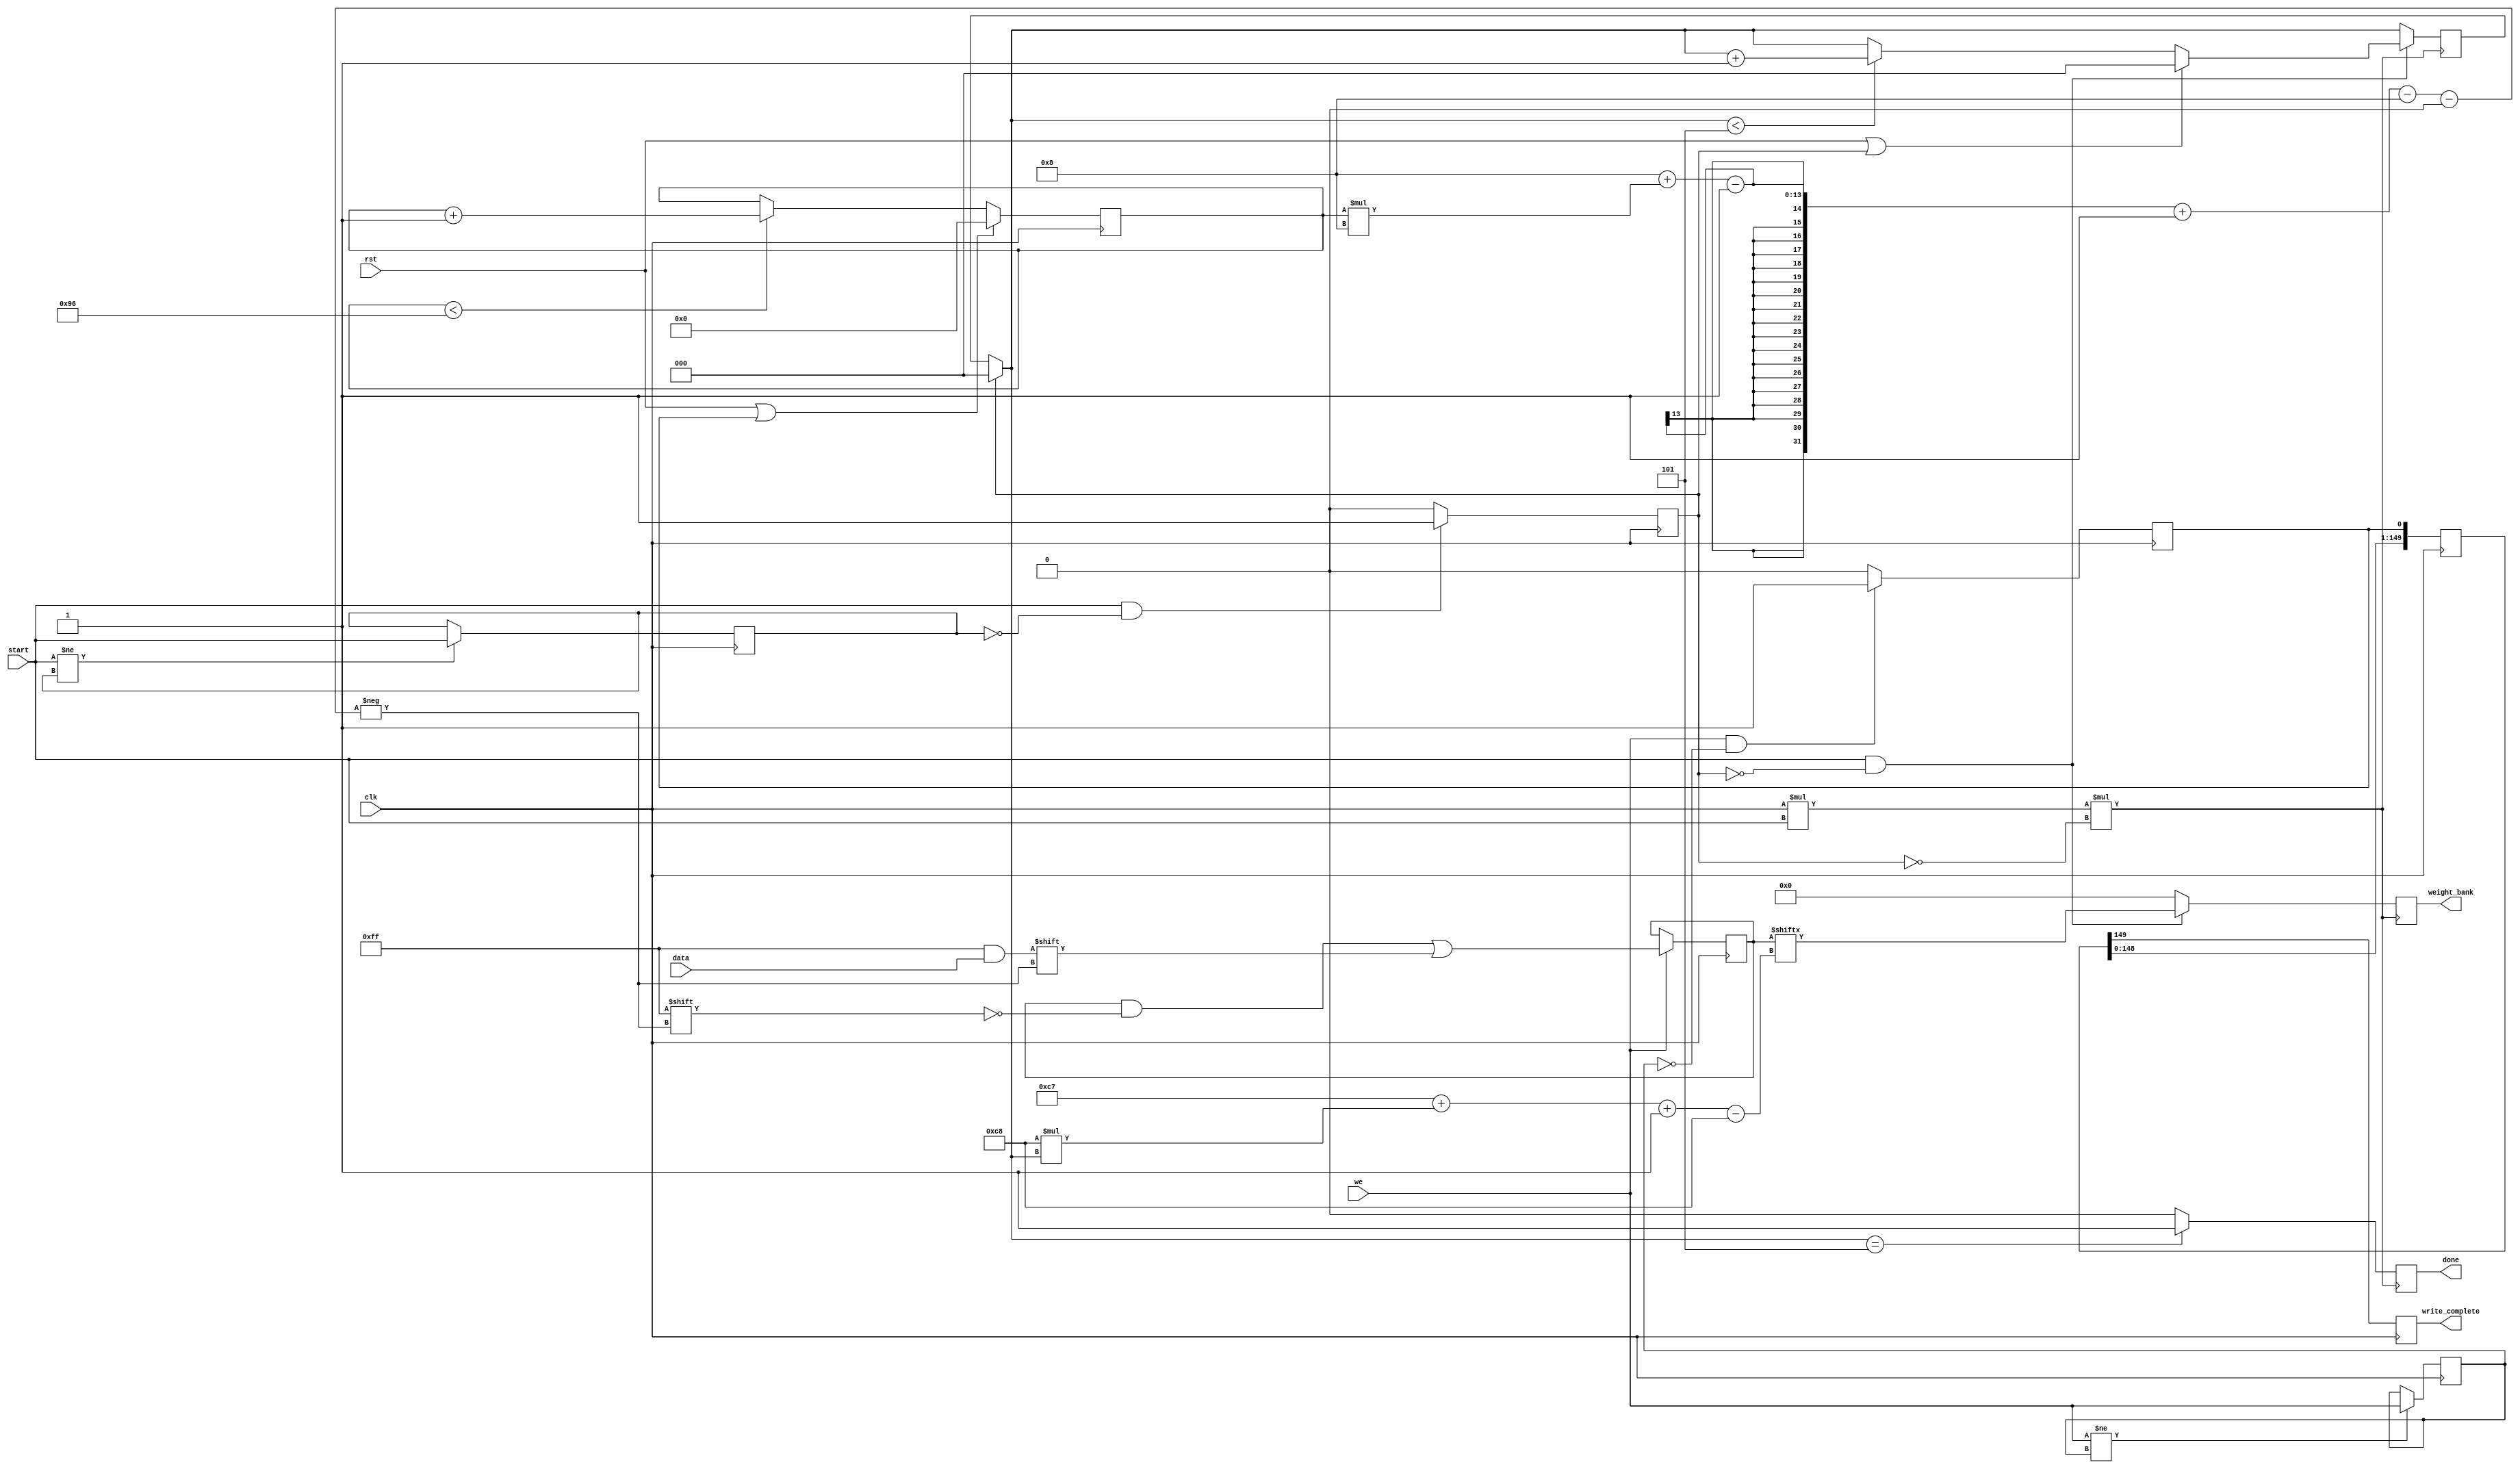
`timescale 1ns / 1ps

module wghtRAM#(parameter w =8, L=6)(
input clk, rst, we, start,
input [w-1:0] data,
output reg write_complete, done,
output reg [5*5*w-1:0] weight_bank 
    );
   
    reg [7:0]count=0;
    reg [5*5*w*L-1:0] ram=0;
    reg [2:0] cnt=0;
    reg t1=0, t2=0, set,set_rd;
    reg [5*5*L-1:0] tag=0;
    wire clock, clk_read;
    assign clock = clk*we;
    assign clk_read = clk*start*!set_rd;
    
    always@(posedge clk) begin
        count <= (rst==1 | set==1) ? 0 : ((count<5*5*L) ? count+1 : count);

        if(we) begin
            ram[w+count*w-1 -: w]<= data;                       
        end
    end    

    always @(posedge clk) begin
        if(we!=t1)
            t1<=we;
        if(we==1 & t1==0) 
            set <=1; 
        else 
            set <=0;            
        tag[0] <=set;
        tag[5*5*L-1:1] <= tag[5*5*L-2:0];     
        
        
        if(start!=t2)
            t2<= start;
        if(start==1 & t2==0)
            set_rd<=1;
        else set_rd<=0;
                    
    end
    
    always @(posedge clk_read) begin

            //cnt <= (rst==1 | set_rd==1) ? 0 : ((cnt<L-1) ? cnt+1 : cnt);
            //if(start==1 & set_rd==0 & cnt>=0 & cnt<=L-1)
            if(set_rd==1) cnt=0;
            if(start==1 & set_rd==0) begin
                cnt <= (rst==1 | set_rd==1) ? 0 : ((cnt<L-1) ? cnt+1 : cnt);
                weight_bank <= ram[5*5*w-1 + 5*5*w*cnt -: 5*5*w];
            end else 
                weight_bank<=0;
            if(cnt==L-1)
                done<=1;
            else done<=0;

    end
    

    always @(posedge clk) begin     

        write_complete <= tag[5*5*L-1];
    end     
endmodule